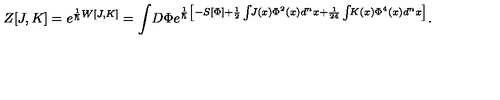
Z [ J , K ] = e ^ { \frac { 1 } { \hbar } W [ J , K ] } = \int \! D \Phi e ^ { \frac { 1 } { \hbar } \left[ - S [ \Phi ] + \frac { 1 } { 2 } \int \! \! J ( x ) \Phi ^ { 2 } ( x ) d ^ { n } x + \frac { 1 } { 2 4 } \int \! \! K ( x ) \Phi ^ { 4 } ( x ) d ^ { n } x \right] } .